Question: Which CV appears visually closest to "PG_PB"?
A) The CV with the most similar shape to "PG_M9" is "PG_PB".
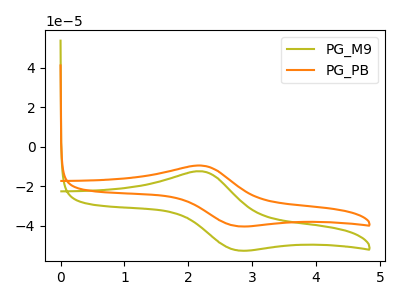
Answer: <think>The olive curve "PG_M9" has an anodic peak at (2.20V, -12.40uA) and a cathodic peak at (2.75V, -52.40uA). The orange curve "PG_PB" has an anodic peak at (2.20V, -9.50uA) and a cathodic peak at (2.75V, -40.15uA).
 All the peaks in "PG_M9" have a peak in "PG_PB" at the same potential.</think>
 <answer>A) The CV with the most similar shape to "PG_M9" is "PG_PB".</answer>
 <eval>A</eval>